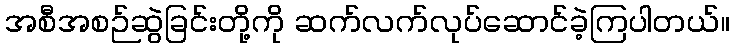
အစီအစဉ်ဆွဲခြင်းတို့ကို ဆက်လက်လုပ်ဆောင်ခဲ့ကြပါတယ်။